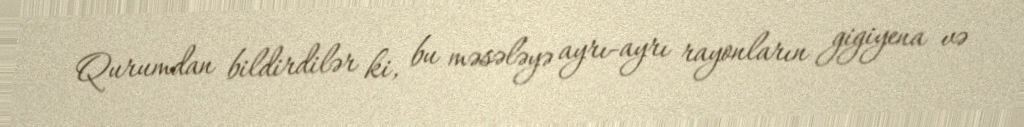
Qurumdan bildirdilər ki, bu məsələyə ayrı-ayrı rayonların gigiyena və